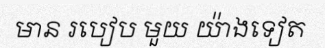
មាន របៀប មួយ យ៉ាងទៀត